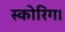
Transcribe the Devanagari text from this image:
स्कोरिंग।